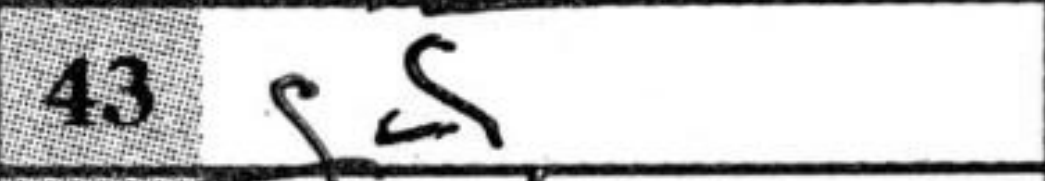
Transcription: g4